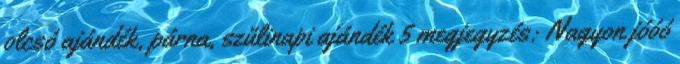
olcsó ajándék, párna, szülinapi ajándék 5 megjegyzés: Nagyon jóóó